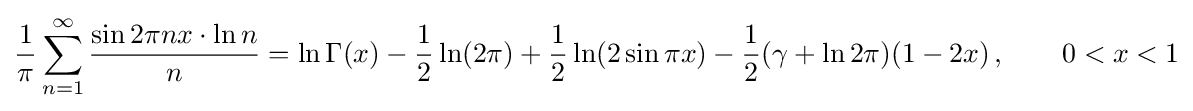
{\frac {1}{\pi }}\sum _{n=1}^{\infty }{\frac {\sin 2\pi nx\cdot \ln {n}}{n}}=\ln \Gamma (x)-{\frac {1}{2}}\ln(2\pi )+{\frac {1}{2}}\ln(2\sin \pi x)-{\frac {1}{2}}(\gamma +\ln 2\pi )(1-2x)\,,\qquad 0<x<1